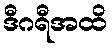
ဒီဂရီအထိ